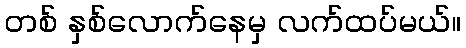
တစ် နှစ်လောက်နေမှ လက်ထပ်မယ်။